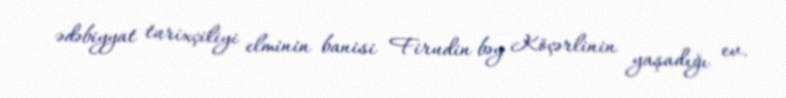
ədəbiyyat tarixçiliyi elminin banisi Firudin bəy Köçərlinin yaşadığı ev.